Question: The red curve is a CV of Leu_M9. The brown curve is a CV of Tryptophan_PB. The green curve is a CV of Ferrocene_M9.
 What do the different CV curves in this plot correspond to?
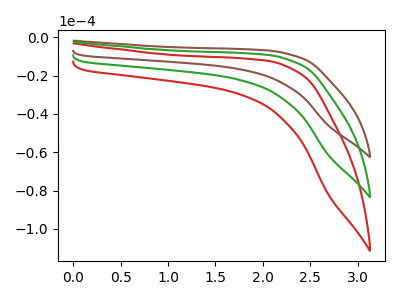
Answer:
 <answer>The red curve is labeled "Leu_M9". The brown curve is labeled "Tryptophan_PB". The green curve is labeled "Ferrocene_M9".</answer>
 <eval></eval>